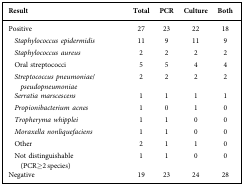
| Result | Total | PCR | Culture | Both |
 | --- | --- | --- | --- | --- |
 | Positive | 27 | 23 | 22 | 18 |
 | Staphylococcus epidermidis | 11 | 9 | 11 | 9 |
 | Staphylococcus aureus | 2 | 2 | 2 | 2 |
 | Oral streptococci | 5 | 5 | 4 | 4 |
 | Streptococcus pneumoniae/pseudopneumoniae | 2 | 2 | 2 | 2 |
 | Serratia marscescens | 1 | 1 | 1 | 1 |
 | Propionibacterium acnes | 1 | 0 | 1 | 0 |
 | Tropheryma whipplei | 1 | 1 | 0 | 0 |
 | Moraxella nonliquefaciens | 1 | 1 | 0 | 0 |
 | Other | 2 | 1 | 1 | 0 |
 | Not distinguishable (PCR≥2 species) | 1 | 1 | 0 | 0 |
 | Negative | 19 | 23 | 24 | 28 |